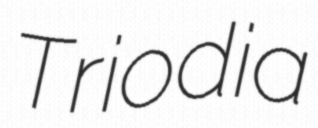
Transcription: Triodia